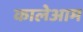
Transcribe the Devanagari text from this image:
कालेआम